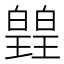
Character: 𭽡